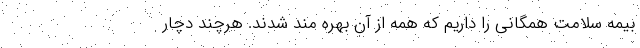
بیمه سلامت همگانی را داریم که همه از آن بهره مند شدند. هرچند دچار